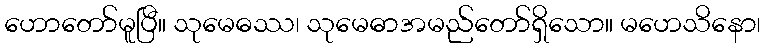
ဟောတော်မူပြီ။ သုမေဓဿ၊ သုမေဓာအမည်တော်ရှိသော။ မဟေသိနော၊